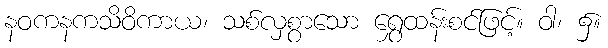
နဝကနကသိဝိကာယ၊ သစ်လှစွာသော ရွှေထန်းစင်ဖြင့်။ ဝါ၊ ၌။